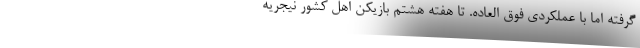
گرفته اما با عملکردی فوق العاده. تا هفته هشتم بازیکن اهل کشور نیجریه